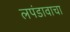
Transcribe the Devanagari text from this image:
लपंडावाचा